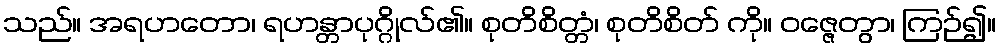
သည်။ အရဟတော၊ ရဟန္တာပုဂ္ဂိုလ်၏။ စုတိစိတ္တံ၊ စုတိစိတ် ကို။ ဝဇ္ဇေတွာ၊ ကြဉ်၍။